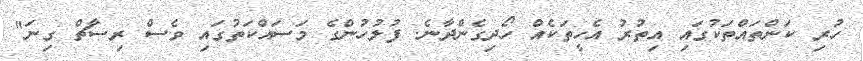
ހުރި ކަންތައްތަކުގައި އިތުރު އެހީތަކެއް ހޯދިގެންދާނެ. ފުލުހުންގެ މަސައްކަތުގައި ވެސް ރިސާޗް ގިނަ"